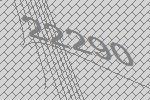
22290